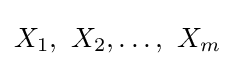
X_{1},\ X_{2},\ldots ,\ X_{m}